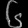
Digit: ၆